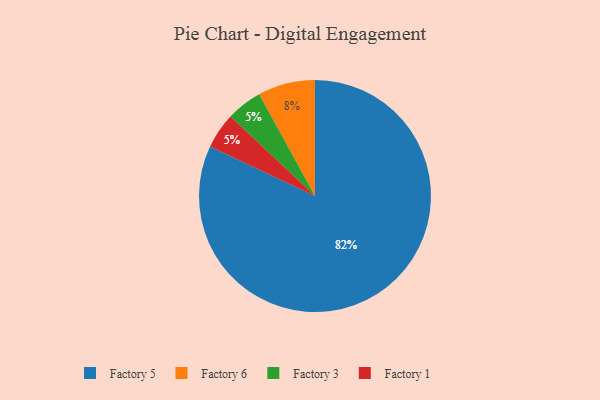
{"axis": {"x": "Category", "y": "Percentage"}, "legend": ["Factory 1", "Factory 3", "Factory 5", "Factory 6"], "data": [{"x": "Factory 3", "y": 5, "type": "Factory 3"}, {"x": "Factory 6", "y": 8, "type": "Factory 6"}, {"x": "Factory 1", "y": 5, "type": "Factory 1"}, {"x": "Factory 5", "y": 82, "type": "Factory 5"}]}